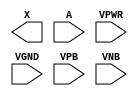
module sky130_fd_sc_lp__clkdlybuf4s15 (
    X   ,
    A   ,
    VPWR,
    VGND,
    VPB ,
    VNB
);

    output X   ;
    input  A   ;
    input  VPWR;
    input  VGND;
    input  VPB ;
    input  VNB ;
endmodule